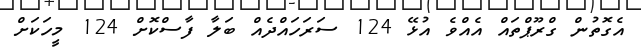
އެގޮތުން ގްރޫޕްތައް އެއްވެ އުޅޭ 124 ސަރަހައްދެއް ބަލާ ފާސްކޮށް 124 މީހަކަށް